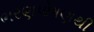
ભરણપોષણથી